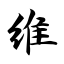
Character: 维